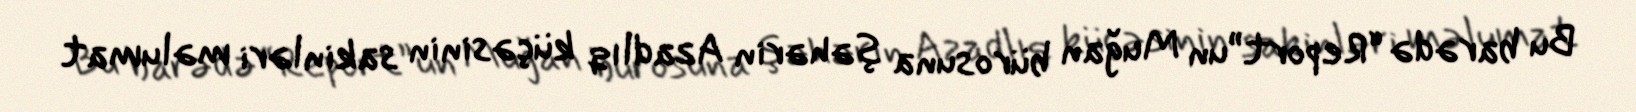
Bu barədə “Report”un Muğan bürosuna şəhərin Azadlıq küçəsinin sakinləri məlumat